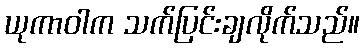
ယုကာဝါက သက်ပြင်းချလိုက်သည်။